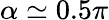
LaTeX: \alpha\simeq 0.5\pi